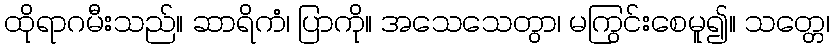
ထိုရာဂမီးသည်။ ဆာရိကံ၊ ပြာကို။ အသေသေတွာ၊ မကြွင်းစေမူ၍။ သတ္တေ၊